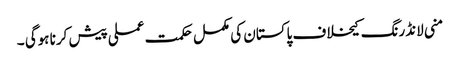
منی لانڈرنگ کیخلاف پاکستان کی مکمل حکمت عملی پیش کرنا ہوگی ۔